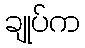
ချုပ်က